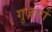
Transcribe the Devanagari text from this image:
गुज़ारों